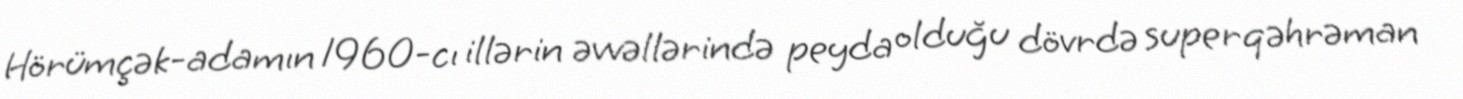
Hörümçək-adamın 1960-cı illərin əvvəllərində peyda olduğu dövrdə superqəhrəman